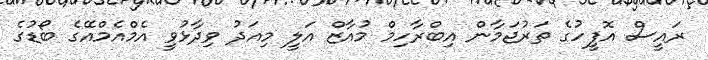
ރައީސް އޮފީހުގެ ތަރުޖަމާން އިބްރާހިމް މުއާޒް އަލީ މިއަދު ވިދާޅުވީ އެމްއެމްއޭގެ ބޯޑުގެ